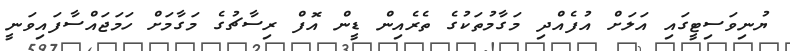
ޔުނިވަސިޓީގައި އަލަށް އުފެއްދި މަގާމުތަކުގެ ތެރެއިން ޑީން އޮފް ރިސާޗުގެ މަގާމަށް ހަމަޖައްސާފައިވަނީ